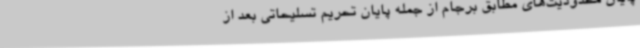
پایان محدودیت‌های مطابق برجام از جمله پایان تحریم‌ تسلیحاتی بعد از